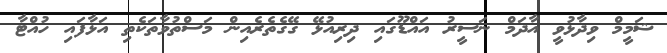
ޝަމީމް ވިދާޅުވީ އާދަމް ނަސީރު އައްޑޫގައި ދިރިއުޅޭ ގޭގެތެރެއިން މަސްތުވާތަކެތި އަޅާފައި ހުއްޓާ